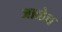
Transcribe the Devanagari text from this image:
जाळेच